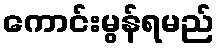
ကောင်းမွန်ရမည်